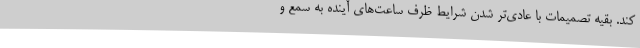
کند. بقیه تصمیمات با عادی‌تر شدن شرایط ظرف ساعت‌های آینده به سمع و